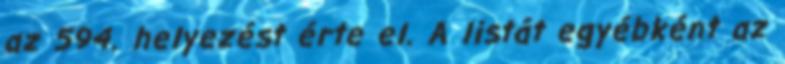
az 594. helyezést érte el. A listát egyébként az